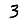
Digit: 3